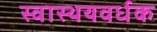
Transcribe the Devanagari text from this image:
स्वास्थयवर्धक